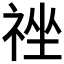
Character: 𰨃